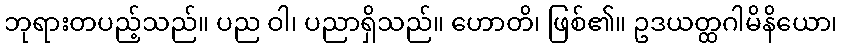
ဘုရားတပည့်သည်။ ပည ဝါ၊ ပညာရှိသည်။ ဟောတိ၊ ဖြစ်၏။ ဥဒယတ္ထဂါမိနိယော၊